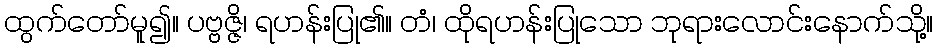
ထွက်တော်မူ၍။ ပဗ္ဗဇ္ဇိ၊ ရဟန်းပြု၏။ တံ၊ ထိုရဟန်းပြုသော ဘုရားလောင်းနောက်သို့။